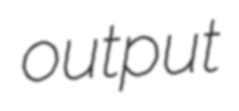
output